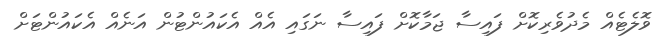
ވޮލެޓެއް މެދުވެރިކޮށް ފައިސާ ޖަމާކޮށް ފައިސާ ނަގައި އެއް އެކައުންޓުން އަނެއް އެކައުންޓަށް